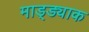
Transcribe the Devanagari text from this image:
माड्ड्याक